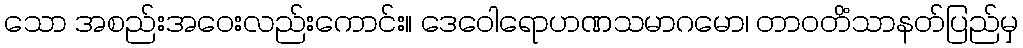
သော အစည်းအဝေးလည်းကောင်း။ ဒေဝေါရောဟဏသမာဂမော၊ တာဝတိံသာနတ်ပြည်မှ